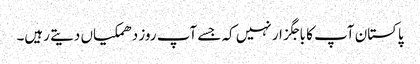
پاکستان آپ کا باجگزار نہیں کہ جسے آپ روز دھمکیاں دیتے رہیں۔